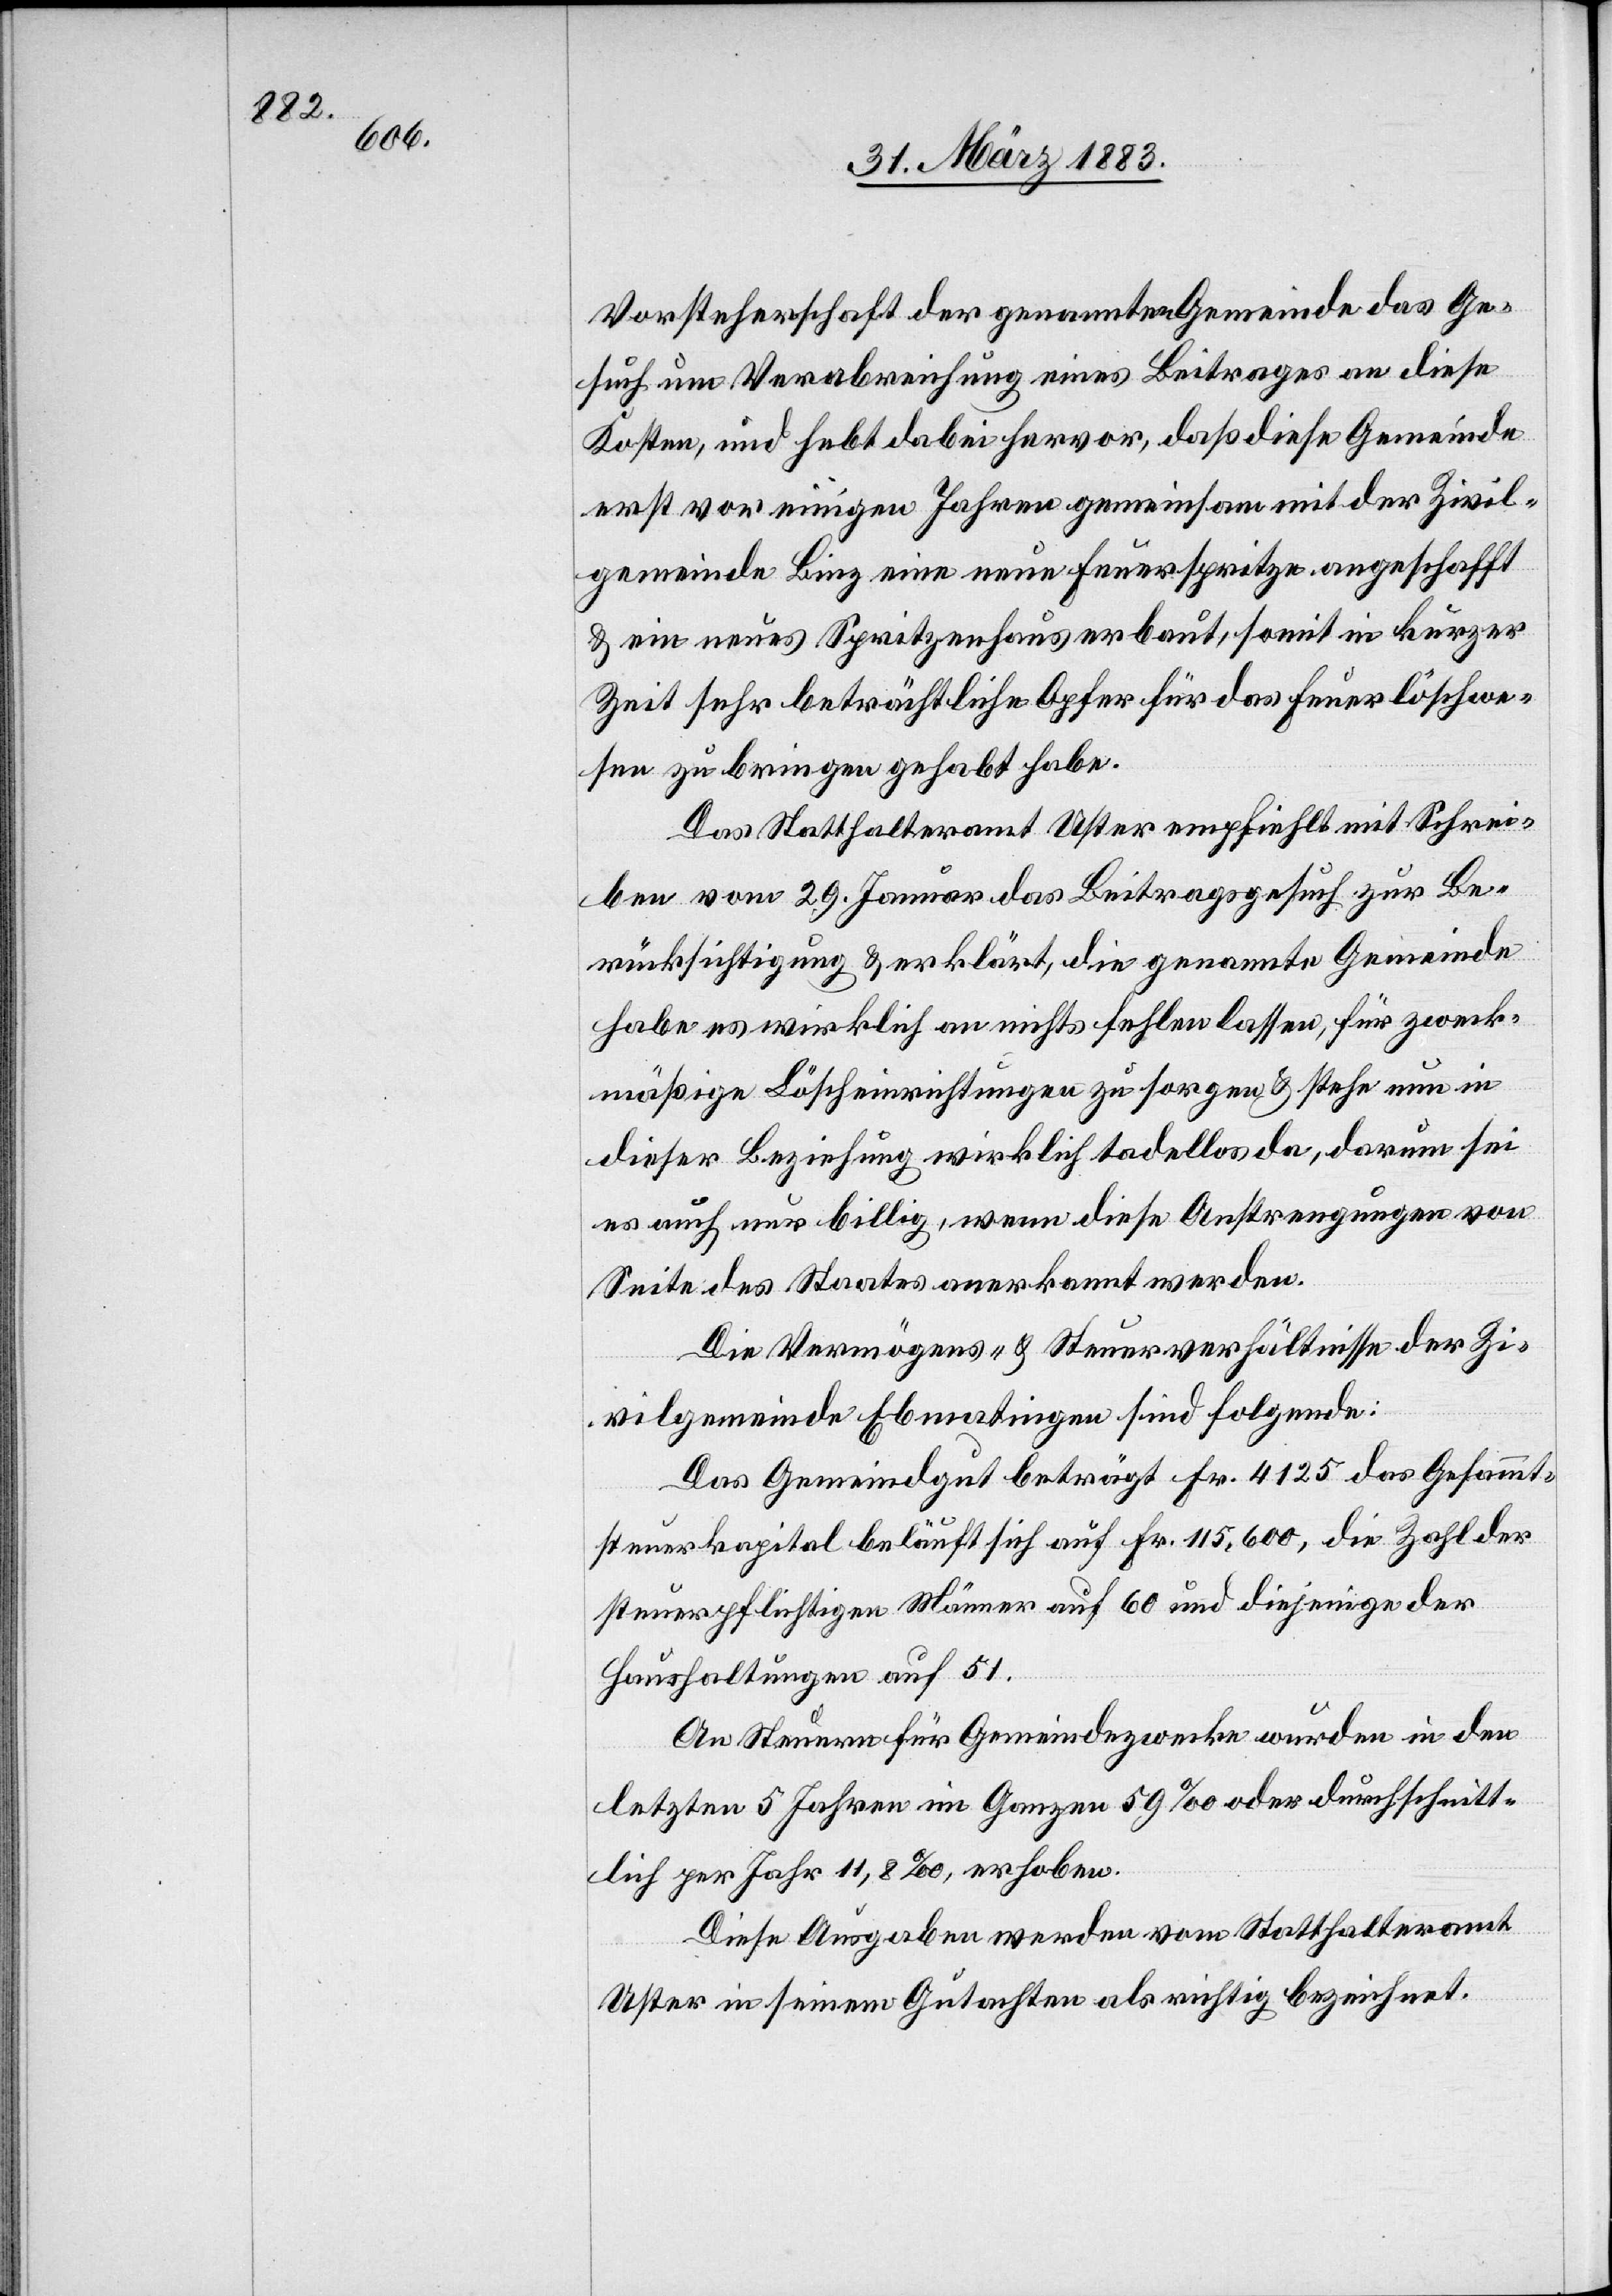
Vorsteherschaft der genannten Gemeinde das Ge¬
such um Verabreichung eines Beitrages an diese
Kosten, und hebt dabei hervor, daß diese Gemeinde
erst vor einigen Jahren gemeinsam mit der Zivil¬
gemeinde Binz eine neue Feuerspritze angeschafft
& ein neues Spritzenhaus erbaut, somit in kurzer
Zeit sehr beträchtliche Opfer für das Feuerlöschwe¬
sen zu bringen gehabt habe.
Das Statthalteramt Uster empfiehlt mit Schrei¬
ben vom 29. Januar das Beitragsgesuch zur Be¬
rücksichtigung & erklärt, die genannte Gemeinde
habe es wirklich an nichts fehlen lassen, für zweck¬
mäßige Löscheinrichtungen zu sorgen & stehe nun in
dieser Beziehung wirklich tadellos da, darum sei
es auch nur billig, wenn diese Anstrengungen von
Seite des Staates anerkannt werden.
Die Vermögens- & Steuerverhältnisse der Zi¬
vilgemeinde Ebmatingen sind folgende:
Das Gemeindgut beträgt Fr. 4125 das Gesammt¬
steuerkapital beläuft sich auf Fr. 115,600, die Zahl der
steuerpflichtigen Männer auf 60 und diejenige der
Haushaltungen auf 51.
An Steuern für Gemeindezwecke wurden in den
letzten 5 Jahren im Ganzen 59‰ oder durchschnitt¬
lich per Jahr 11,8‰, erhoben.
Diese Ausgaben werden vom Statthalteramt
Uster in seinem Gutachten als richtig bezeichnet.